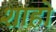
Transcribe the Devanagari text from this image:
शाहो